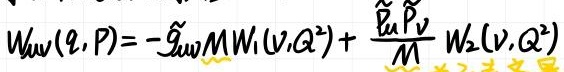
$W_{\mu\nu}(q,P)=-\tilde{g}_{\mu\nu}M W_1(\nu,Q^2)+\frac{\tilde{p}_\mu \tilde{p}_\nu}{M}W_2(\nu,Q^2)$